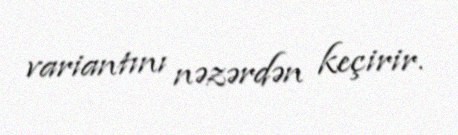
variantını nəzərdən keçirir.